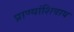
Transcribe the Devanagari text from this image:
प्राण्यांशिवाय